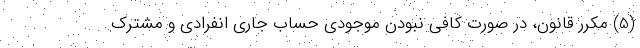
(5) مکرر قانون، در صورت کافی نبودن موجودی حساب جاری انفرادی و مشترک